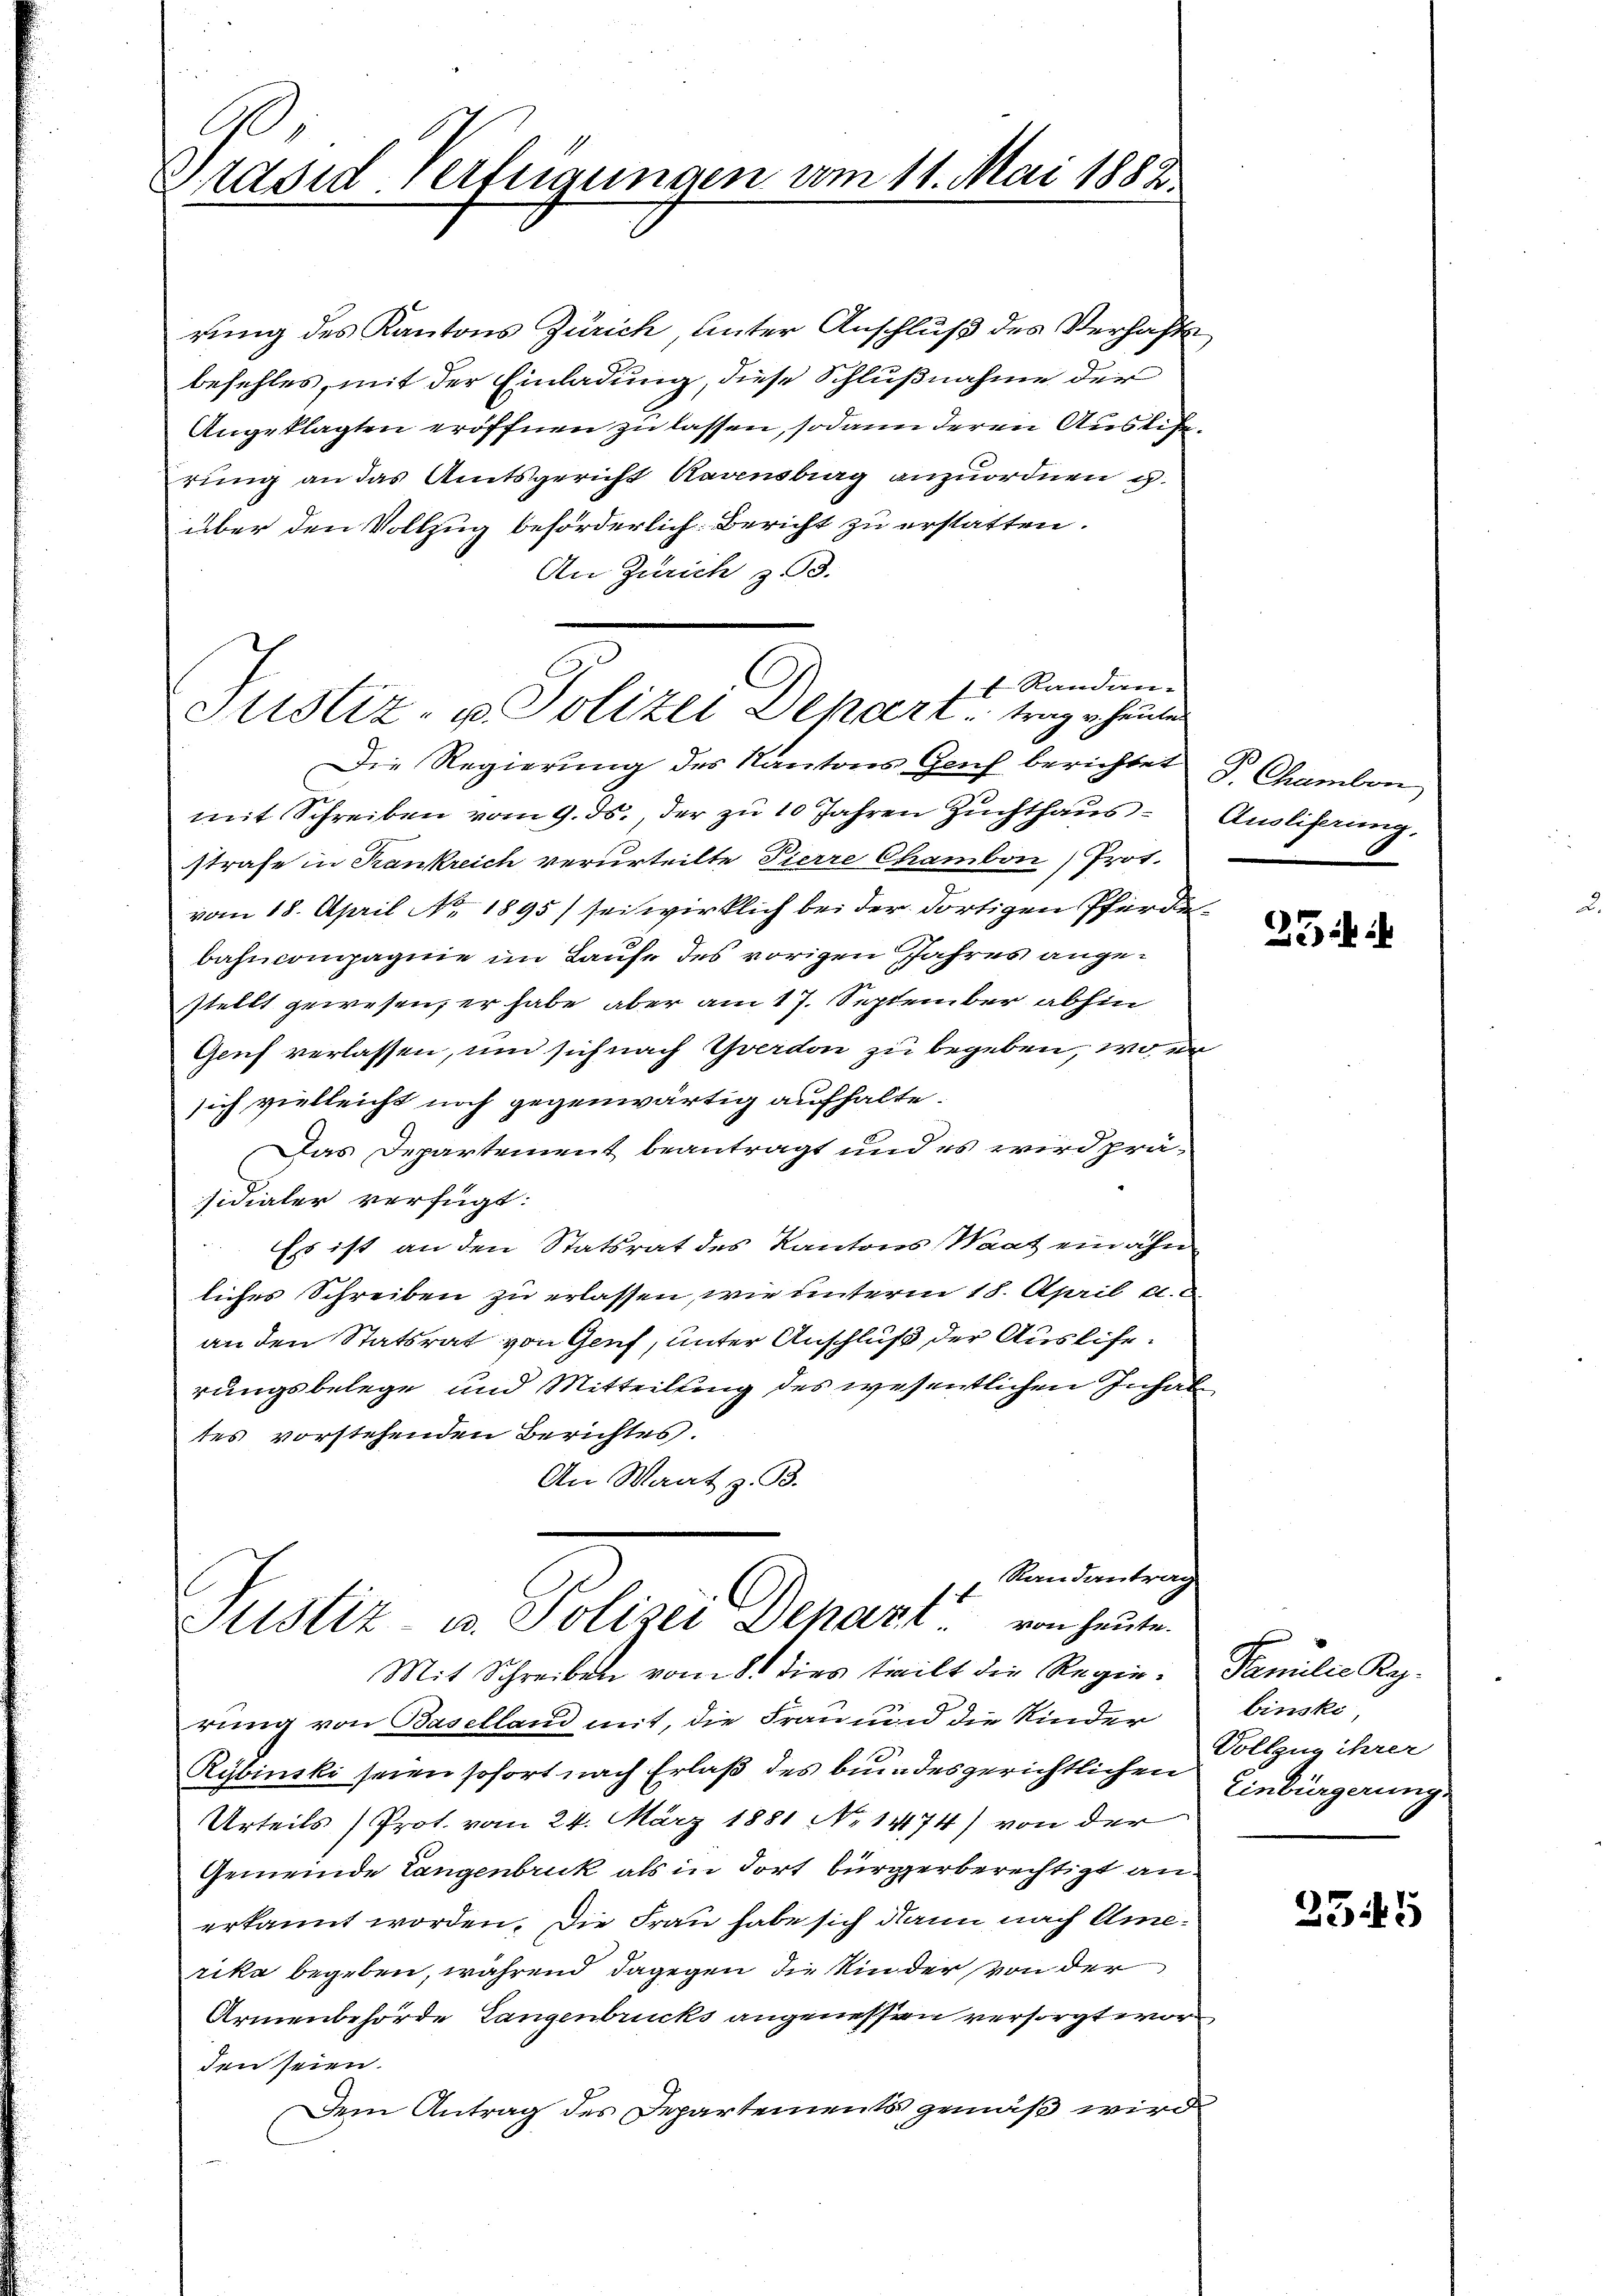
Präsid. Verfügungen vom 11. Mai 1882.

rung des Kantons Zürich, unter Anschluß des Verhaft
befehles, mit der Einladung, diese Schlußnahme der
Angeklagten eröffnen zu lassen, sodann deren Auslierung an das Amtsgericht Kavensberg anzuordnen g
über den Vollzug beförderlich. Bericht zu erstatten.
An Zürich z. 3.
Die Regierŭng des Kantons Gach berichtet V. Chamben
mit Schreiben vom 9. ds., der zu 10 Jahren Zuchthaus
strafe in Krankreich verurteilte Pierre Chambon) Prot.
vom 18. April No 1895) sei wirklich bei der dortigen Pferdebahncompagnie im Laufe des vorigen Jahres angestellt gewesen, er habe aber am 17. September abhin
Genf verlassen, und sich nach Yverdon zu begeben, wo er
sich vielleicht noch gegenwärtig aufhalte.
Das Departement beantragt und es wird präsidialer verfügt:
Es ist an den Statsrat des Kantons Waat ein ahn
liches Schreiben zu erlassen, wie unterm 18. April a
an den Statsrat von Genf, unter Anschluß der Auslierungsbelege und Mitteilung des wesentlichen Inhaltes vorstehenden Berichtes.
An Waat z. B.
Randantrag
t
Justiz- u. Polizei Depart
von heute.
Mit Schreiben vom 8. dies teilt die Regierung von Baselland mit, die Frau und die Kinder
Rybinski seien sofort nach Erlaß des bundesgerichtlichen
Urteils (Prot. vom 24. März 1881 No 1474) von der
Gemeinde Langenbruck als in dort bürgerberechtigt an
erkannt worden. Die Frau habe sich dann nach Amerika begeben, während dagegen die Kinder von der
Armenbehörde Langenbrucks angenessen versorgt worden seien.
Dem Antrag des Departements gemäß wird

Justiz- u. Polizei Dehart trag heute

1f Randan-

Ausliferung,

23 ih

Familie Kop.
binski
Vollzug ihrer
Einbürgerung.

2545